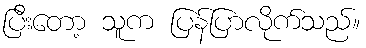
ပြီးတော့ သူက ပြန်ပြာလိုက်သည်။